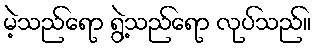
မဲ့သည်ရော ရွဲ့သည်ရော လုပ်သည်။